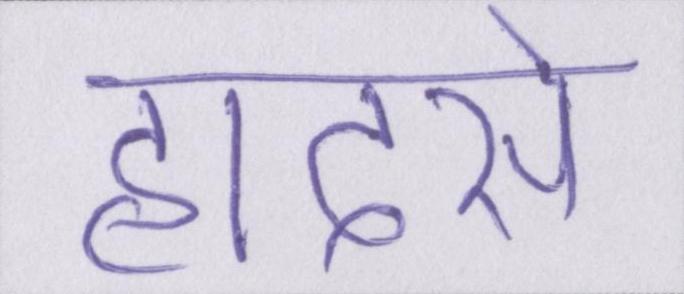
हादसे